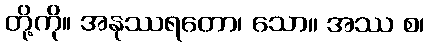
တို့ကို။ အနုဿရတော၊ သော။ အဿ စ၊